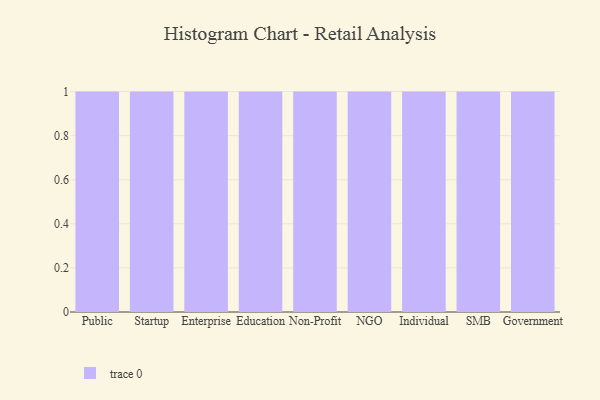
{"axis": {"x": "Segment", "y": "Bounce Rate (%)"}, "legend": [""], "data": [{"x": "Public", "y": 8, "type": ""}, {"x": "Startup", "y": 98, "type": ""}, {"x": "Enterprise", "y": 39, "type": ""}, {"x": "Education", "y": 32, "type": ""}, {"x": "Non-Profit", "y": 41, "type": ""}, {"x": "NGO", "y": 83, "type": ""}, {"x": "Individual", "y": 80, "type": ""}, {"x": "SMB", "y": 26, "type": ""}, {"x": "Government", "y": 56, "type": ""}]}